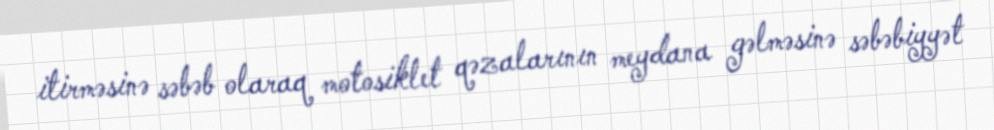
itirməsinə səbəb olaraq motosiklet qəzalarının meydana gəlməsinə səbəbiyyət